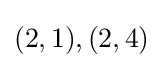
(2,1),(2,4)